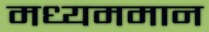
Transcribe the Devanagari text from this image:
मध्यममान